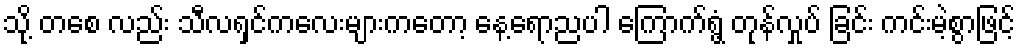
သို့ တစေ လည်း သီလရှင်ကလေးများကတော့ နေ့ရောညပါ ကြောက်ရွံ့ တုန်လှုပ် ခြင်း ကင်းမဲ့စွာဖြင့်